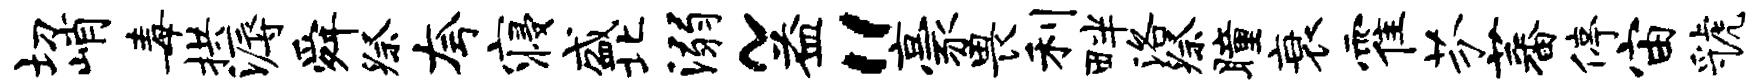
切峭毒拱溽舜祭夸寝盛北溺~益“豪畏利畔洛祭瞳衰霍芬蕃停宙虢